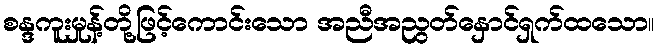
စန္ဒကူးမှုန့်တို့ဖြင့်ကောင်းသော အညီအညွတ်နှောင်ရှက်ထသော။